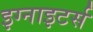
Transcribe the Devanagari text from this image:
इग्नाइटर्स